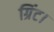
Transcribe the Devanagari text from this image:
ग्रिंट।